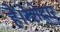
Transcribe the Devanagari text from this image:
हैं।रेशेदार